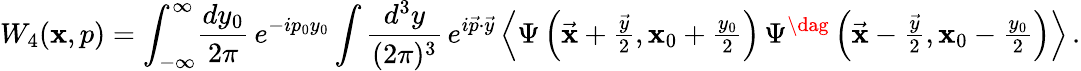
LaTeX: W_{4}(\mathbf{x},p)=\int_{-\infty}^{\infty}\! \frac{{dy_{0}}}{{2\pi}}\, e^{-ip_{0}y_{0}}\int\frac{{d^{3}y}}{{(2\pi)^{3}}}\, e^{i\vec{{p}}\cdot\vec{{y}}}\left\langle\Psi\left(\vec{{\mathbf{x}}}+{\textstyle{\frac{{\vec{{y}}}}{{2}}}},\mathbf{x}_{0}+{\textstyle{\frac{{y_{0}}}{{2}}}}\right)\, \Psi^{\dag}\left(\vec{{\mathbf{x}}}-{\textstyle{\frac{{\vec{{y}}}}{{2}}}},\mathbf{x}_{0}-{\textstyle{\frac{{y_{0}}}{{2}}}}\right)\right\rangle\, .